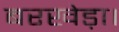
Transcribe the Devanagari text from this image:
बरखेड़ा।